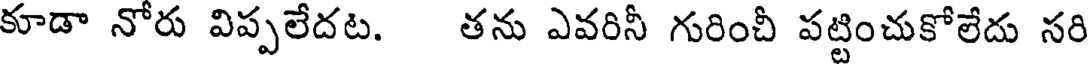
కూడా నోరు విప్పలేదట. తను ఎవరినీ గురించీ పట్టించుకోలేదు సరి